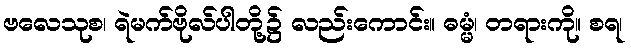
ဗလေသုစ၊ ရဲမက်ဗိုလ်ပါတို့၌ လည်းကောင်း။ ဓမ္မံ၊ တရားကို။ စရ၊